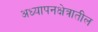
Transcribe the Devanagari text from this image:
अध्यापनक्षेत्रातील